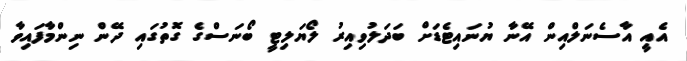
އެއީ އާސެނަލްއިން އޭނާ ޔުނައިޓެޑަށް ބަދަލުވިއިރު ލޯޔަލިޓީ ބޯނަސްގެ ގޮތުގައި ދޭން ނިންމާފައިވާ